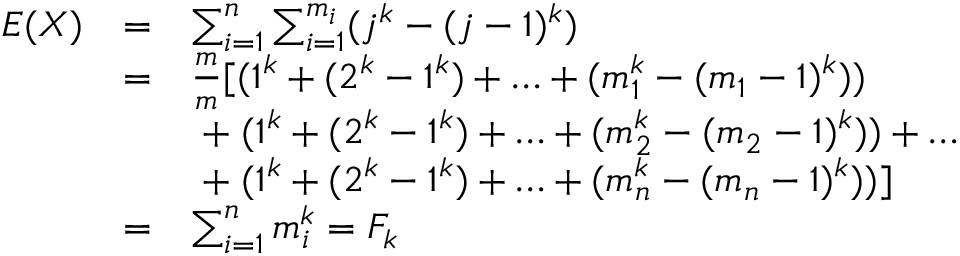
{ \begin{array} { l l l } { E ( X ) } & { = } & { \sum _ { i = 1 } ^ { n } \sum _ { i = 1 } ^ { m _ { i } } ( j ^ { k } - ( j - 1 ) ^ { k } ) } \\ & { = } & { { \frac { m } { m } } [ ( 1 ^ { k } + ( 2 ^ { k } - 1 ^ { k } ) + \ldots + ( m _ { 1 } ^ { k } - ( m _ { 1 } - 1 ) ^ { k } ) ) } \\ & & { \; + \; ( 1 ^ { k } + ( 2 ^ { k } - 1 ^ { k } ) + \ldots + ( m _ { 2 } ^ { k } - ( m _ { 2 } - 1 ) ^ { k } ) ) + \ldots } \\ & & { \; + \; ( 1 ^ { k } + ( 2 ^ { k } - 1 ^ { k } ) + \ldots + ( m _ { n } ^ { k } - ( m _ { n } - 1 ) ^ { k } ) ) ] } \\ & { = } & { \sum _ { i = 1 } ^ { n } m _ { i } ^ { k } = F _ { k } } \end{array} }